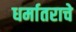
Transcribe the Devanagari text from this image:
धर्मातराचे